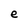
Character: e